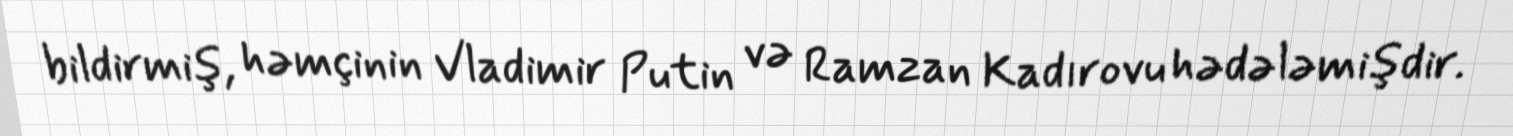
bildirmiş, həmçinin Vladimir Putin və Ramzan Kadırovu hədələmişdir.